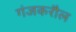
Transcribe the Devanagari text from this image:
गंजकरौल